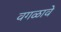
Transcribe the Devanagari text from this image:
वगळावे